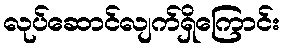
လုပ်ဆောင်လျက်ရှိကြောင်း